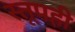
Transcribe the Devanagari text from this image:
स्तूपही